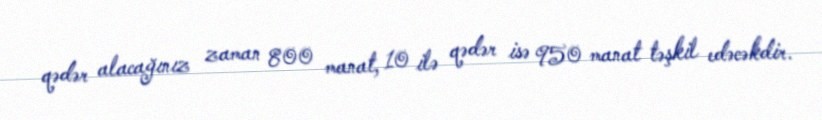
qədər alacağınız zaman 800 manat, 10 ilə qədər isə 950 manat təşkil edəcəkdir.